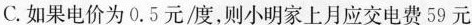
C.如果电价为0.5元/度，则小明家上月应交电费59元